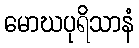
မောဃပုရိသာနံ